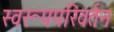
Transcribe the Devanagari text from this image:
स्वरूपपरिवर्तन